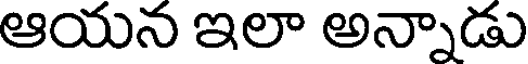
ఆయన ఇలా అన్నాడు